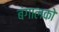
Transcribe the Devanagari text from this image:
बंगालको